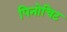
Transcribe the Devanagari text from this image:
पिनोचिट